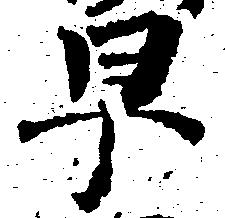
早